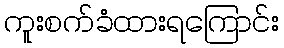
ကူးစက်ခံထားရကြောင်း